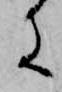
に